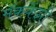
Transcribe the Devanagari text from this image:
मॅककेंझी